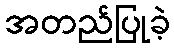
အတည်ပြုခဲ့